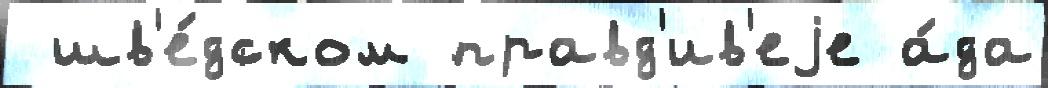
 шв'е́дском правд'ив'еjе а́да